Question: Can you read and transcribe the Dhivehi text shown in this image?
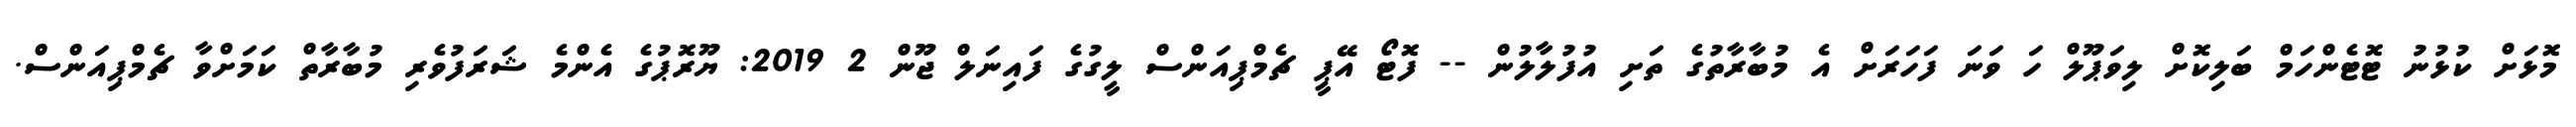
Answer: މޮޅަށް ކުޅުނު ޓޮޓެންހަމް ބަލިކޮށް ލިވަޕޫލް ހަ ވަނަ ފަހަރަށް އެ މުބާރާތުގެ ތަށި އުފުލާލުން -- ފޮޓޯ އޭޕީ ޗެމްޕިއަންސް ލީގުގެ ފައިނަލް ޖޫން 2 2019: ޔޫރޮޕުގެ އެންމެ ޝަރަފުވެރި މުބާރާތް ކަމަށްވާ ޗެމްޕިއަންސް.